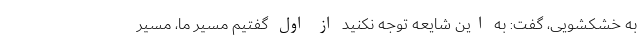
به خشکشویی، گفت: به این شایعه توجه نکنید از اول گفتیم مسیر ما، مسیر